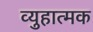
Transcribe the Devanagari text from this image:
व्युहात्मक